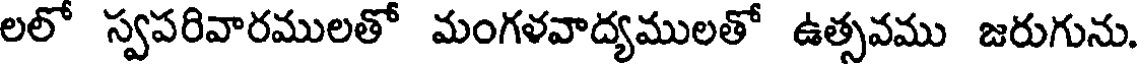
లలో స్వపరివారములతో మంగళవాద్యములతో ఉత్సవము జరుగును.